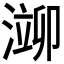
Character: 𬈢